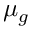
\mu _ { g }